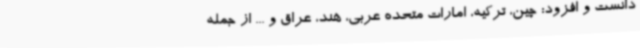
دانست و افزود: چین، ترکیه، امارات متحده عربی، هند، عراق و ... از جمله